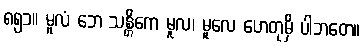
၈၅၁။ မူလံ ဘေ သန္တိကေ မူလ၊ မူလေ ဟေတုမှိ ပါဘတေ။